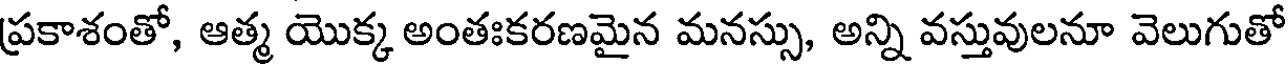
ప్రకాశంతో, ఆత్మ యొక్క అంతఃకరణమైన మనస్సు, అన్ని వస్తువులనూ వెలుగుతో